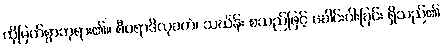
ထိုမြတ်စွာဘုရား၏။ စီဝရာဒိလုခတံ၊ သင်္ဃန်း စသည်ဖြင့် ခေါင်းပါးခြင်း ရှိသည်၏